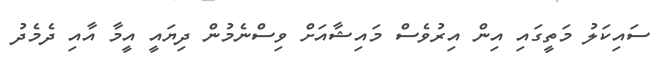
ސައިކަލު މަތީގައި އިން އިރުވެސް މައިޝާއަށް ވިސްނެމުން ދިޔައީ އީމާ އާއި ދެމެދު